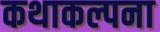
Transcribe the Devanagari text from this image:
कथाकल्पना